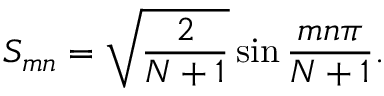
S _ { m n } = \sqrt { \frac { 2 } { N + 1 } } \sin \frac { m n \pi } { N + 1 } .